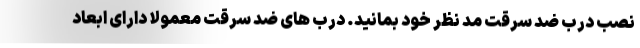
نصب درب ضد سرقت مد نظر خود بمانید. درب های ضد سرقت معمولا دارای ابعاد